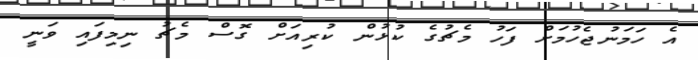
އެ ހަމަނުޖެހުމަށް ފަހު މެޗުގެ ކުޅުން ކުރިއަށް ގޮސް މެޗު ނިމިފައި ވަނީ